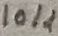
Text: 10K